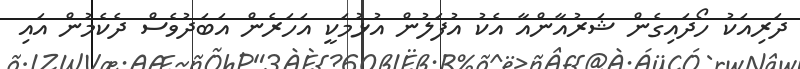
ދަރިއަކު ހޯދައިގެން ޝަރުއާންއާ އެކު އުފަލުން އުޅުމަކީ އަހަރެން އަބަދުވެސް ދެކެމުން އައި